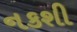
નકશી